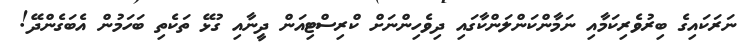
ނަރަކައިގެ ބިރުވެރިކަމާއި ނަމާންކަންލަންކާގައި ދިވެހިންނަށް ކްރިސްޓިއަން ދީނާއި ގުޅޭ ތަކެތި ބަހަމުން އެބަގެންދޭ!